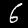
Digit: 6